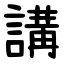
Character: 講